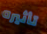
تأثيره